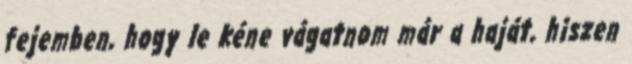
fejemben, hogy le kéne vágatnom már a haját, hiszen